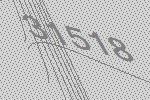
31518